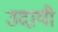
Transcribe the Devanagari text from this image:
उदायी